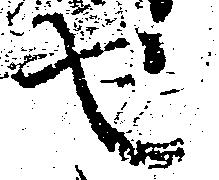
也